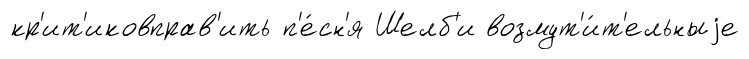
кр'ит'иковправ'ить п'е́сн'я Шелб'и возмут'и́т'ельныjе